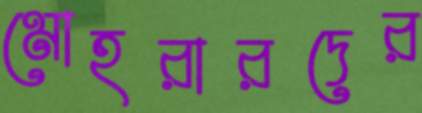
মোহরারদের